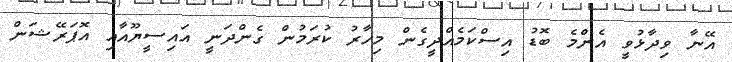
އޭނާ ވިދާޅުވީ އެންމެ ބޮޑު އިސްކަމެއްދީގެން މިހާރު ކުރަމުން ގެންދަނީ އައިސީޔޫއާއި އޮޕަރޭޝަން